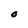
Character: O